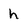
Character: h